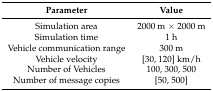
| Parameter | Value |
 | --- | --- |
 | Simulation area | 2000 m × 2000 m |
 | Simulation time | 1 h |
 | Vehicle communication range | 300 m |
 | Vehicle velocity | [30, 120] km/h |
 | Number of Vehicles | 100, 300, 500 |
 | Number of message copies | [50, 500] |